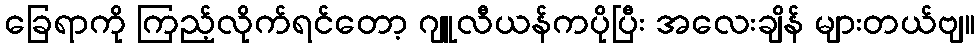
ခြေရာကို ကြည့်လိုက်ရင်တော့ ဂျူလီယန်ကပိုပြီး အလေးချိန် များတယ်ဗျ။